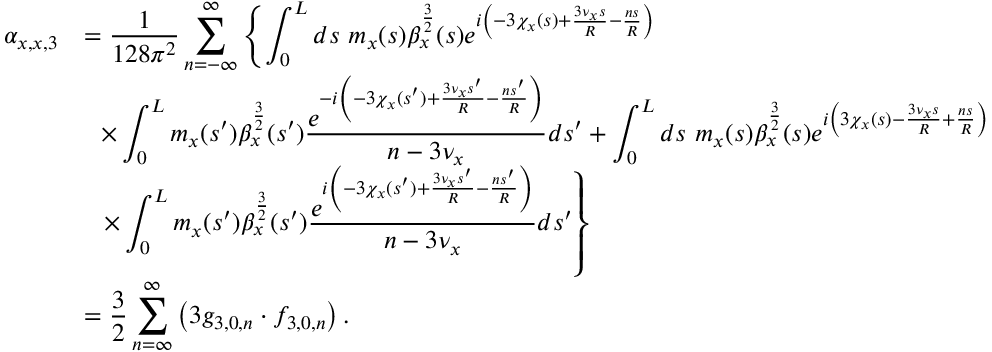
\begin{array} { c l } { \alpha _ { x , x , 3 } } & { = \displaystyle \frac { 1 } { 1 2 8 \pi ^ { 2 } } \displaystyle \sum _ { n = - \infty } ^ { \infty } \left\{ \int _ { 0 } ^ { L } { d s \ m _ { x } ( s ) \beta _ { x } ^ { \frac { 3 } { 2 } } ( s ) e ^ { i \left( - 3 \chi _ { x } ( s ) + \frac { 3 \nu _ { x } s } { R } - \frac { n s } { R } \right) } } \right. } \\ & { \displaystyle ~ ~ \times \int _ { 0 } ^ { L } { m _ { x } ( s ^ { \prime } ) \beta _ { x } ^ { \frac { 3 } { 2 } } ( s ^ { \prime } ) \frac { e ^ { - i \left( - 3 \chi _ { x } ( s ^ { \prime } ) + \frac { 3 \nu _ { x } s ^ { \prime } } { R } - \frac { n s ^ { \prime } } { R } \right) } } { n - 3 \nu _ { x } } d s ^ { \prime } } + \int _ { 0 } ^ { L } { d s \ m _ { x } ( s ) \beta _ { x } ^ { \frac { 3 } { 2 } } ( s ) e ^ { i \left( 3 \chi _ { x } ( s ) - \frac { 3 \nu _ { x } s } { R } + \frac { n s } { R } \right) } } } \\ & { \displaystyle ~ ~ \left. \times \int _ { 0 } ^ { L } m _ { x } ( s ^ { \prime } ) \beta _ { x } ^ { \frac { 3 } { 2 } } ( s ^ { \prime } ) \frac { e ^ { i \left( - 3 \chi _ { x } ( s ^ { \prime } ) + \frac { 3 \nu _ { x } s ^ { \prime } } { R } - \frac { n s ^ { \prime } } { R } \right) } } { n - 3 \nu _ { x } } d s ^ { \prime } \right\} } \\ & { \displaystyle = \frac { 3 } { 2 } \sum _ { n = \infty } ^ { \infty } \left( 3 g _ { 3 , 0 , n } \cdot f _ { 3 , 0 , n } \right) . } \end{array}